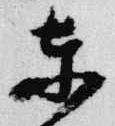
東